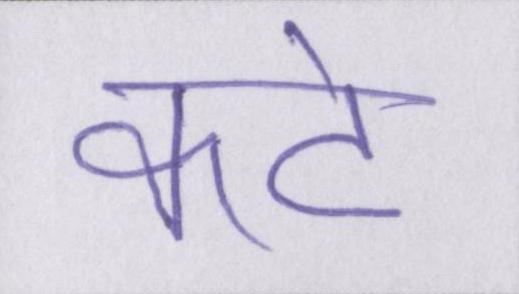
कटे